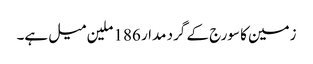
زمین کا سورج کے گرد مدار 186 ملین میل ہے۔